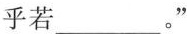
乎若___。